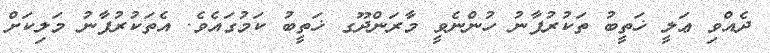
ދެއްވި ޢަލީ ޚަތީބު ތަކުރުފާނު ހުންނެވީ މާރަންދޫގ ޚަތީބު ކަމުގައެވެ. އެތަކުރުފާނު މަލިކަށް